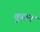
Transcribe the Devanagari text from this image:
कुलन